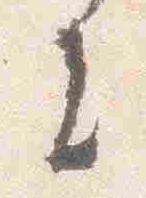
者